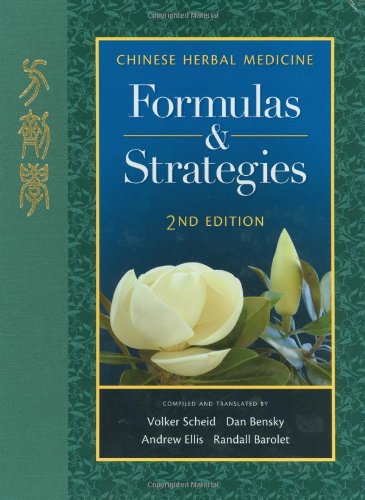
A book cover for Chinese Herbal Medicine: Formulas & Strategies (2nd Ed.); Volker Scheid; Health, Fitness & Dieting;